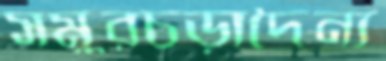
সমুরচড়াদৈন্য